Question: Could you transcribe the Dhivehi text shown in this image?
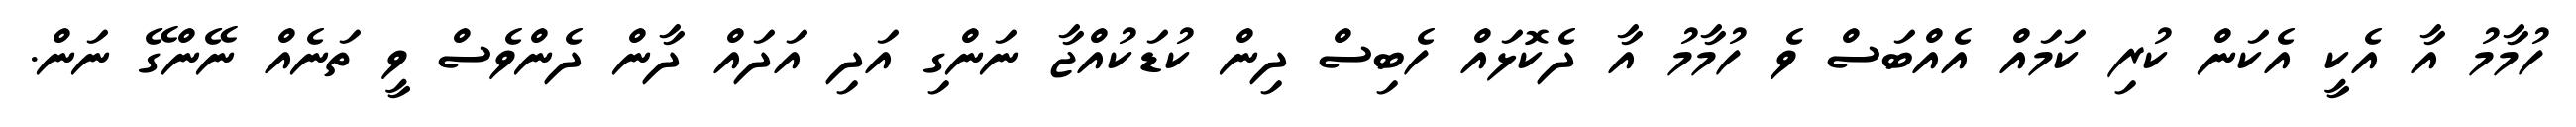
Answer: ހުމާމު އާ އެކީ އެކަން ކުރި ކަމައް އެއްބަސް ވެ ހުމާމު އާ ދެކޮޅައް ހެބިސް ދިން ކުޑަކުއްޖާ ނަންގި އަދި އަދައް ދާން ދެންވެސް ވީ ތަނެއް ނޭންގޭ ނަން.